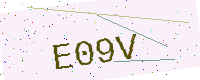
Text: E09V